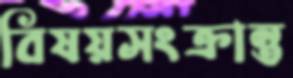
বিষয়সংক্রান্ত